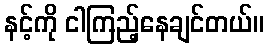
နင့်ကို ငါကြည့်နေချင်တယ်။